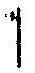
1